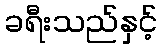
ခရီးသည်နှင့်